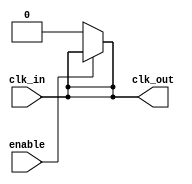
module clock_buffer (
    input wire clk_in,          // Single-ended clock input
    input wire enable,          // Enable signal for power management
    output wire clk_out         // Buffered clock output
);

    // Internal signals
    wire clk_buf;               // Buffered clock signal

    // Input Stage: Protection and buffering
    // Here we can add input protection logic if needed
    // For simplicity, we will directly buffer the input
    wire clk_protected = clk_in; // Placeholder for protection logic

    // Amplification Stage: Series of inverters/buffers
    // Using a simple buffer for amplification
    buf (clk_buf, clk_protected); // First buffer stage

    // Additional buffer stages can be added for more gain
    buf (clk_out, clk_buf);       // Output stage

    // Control Logic: Enable/Disable functionality
    assign clk_out = enable ? clk_buf : 1'b0; // If disabled, output is low

endmodule